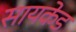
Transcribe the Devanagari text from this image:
सायकेड